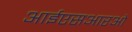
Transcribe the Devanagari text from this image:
आईएसआरओ